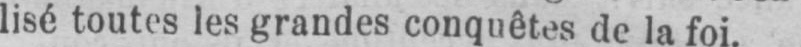
lisé toutes les grandes conquêtes de la foi.